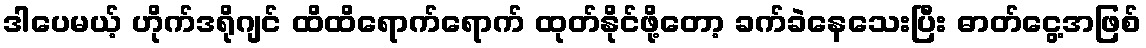
ဒါပေမယ့် ဟိုက်ဒရိုဂျင် ထိထိရောက်ရောက် ထုတ်နိုင်ဖို့တော့ ခက်ခဲနေသေးပြီး ဓာတ်ငွေ့အဖြစ်